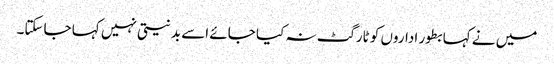
میں نے کہا بطور اداروں کو ٹارگٹ نہ کیا جائے اسے بدنیتی نہیں کہا جاسکتا۔